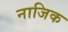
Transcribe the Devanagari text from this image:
नाजिक